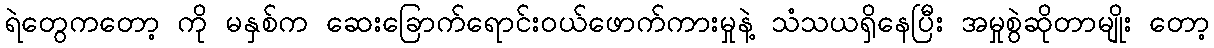
ရဲတွေကတော့ ကို မနှစ်က ဆေးခြောက်ရောင်းဝယ်ဖောက်ကားမှုနဲ့ သံသယရှိနေပြီး အမှုစွဲဆိုတာမျိုး တော့